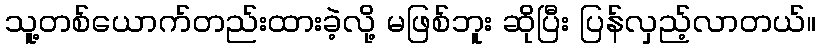
သူ့တစ်ယောက်တည်းထားခဲ့လို့ မဖြစ်ဘူး ဆိုပြီး ပြန်လှည့်လာတယ်။